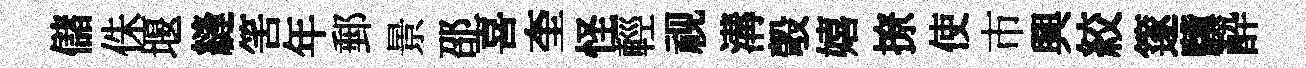
儲侏堰縫筈年郵景邵喜奎怪輕视溝彀嬉撩使市興絞篴驥酔